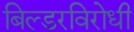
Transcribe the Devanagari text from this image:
बिल्डरविरोधी